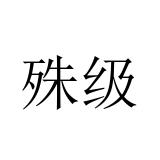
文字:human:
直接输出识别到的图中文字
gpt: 殊级